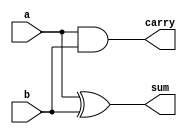
module HA_DF(input a,b,output sum,carry);
assign sum =(a^b);
assign carry=(a&b);
endmodule